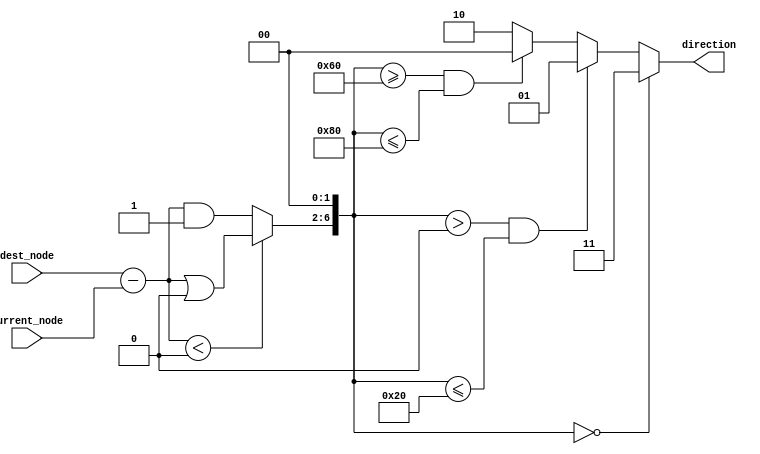
// shortest path routing algorithm of Spidergon

module router 
#(parameter 	

	`ifdef FORMAL	
		NUM_OF_NODES=8 
	`else
		NUM_OF_NODES=32
	`endif
)
(dest_node, current_node, direction);

localparam DIRECTION_WIDTH = 2;

localparam STOP = 3;
localparam ACROSS = 2;
localparam CLOCKWISE = 1;
localparam ANTI_CLOCKWISE = 0;

//input clk;
input [$clog2(NUM_OF_NODES)-1:0] dest_node, current_node;
output reg [DIRECTION_WIDTH-1:0] direction; // stop, clockwise, anti-clockwise, across

// RelAd = ((dest-current) mod (NUM_OF_NODES)) * 4
// https://en.wikipedia.org/wiki/Modulo_operation#Performance_issues
// x % 2^n == x < 0 ? x | ~(2^n - 1) : x & (2^n - 1)

wire signed [$clog2(NUM_OF_NODES)-1:0] diff;
wire [$clog2(NUM_OF_NODES)-1:0] RelAd;

assign diff = dest_node - current_node;

/* verilator lint_off WIDTH */
assign RelAd = (diff < 0) ? (diff | ~(NUM_OF_NODES-1)) : (diff & (NUM_OF_NODES-1));
/* verilator lint_on WIDTH */


localparam SHIFT_BY_TWO = 2; // multiply by four
localparam NUM_OF_NODES_TIMES_THREE = 3*NUM_OF_NODES;
localparam NUM_OF_NODES_TIMES_FOUR = 4*NUM_OF_NODES;


/* verilator lint_off WIDTH */
wire [$clog2(NUM_OF_NODES)+1:0] RelAd_2 = (RelAd << SHIFT_BY_TWO);
/* verilator lint_on WIDTH */


always @(*)
begin
	// https://www.xilinx.com/support/answers/64777.html
	/*case(RelAd << SHIFT_BY_TWO) inside
	
		[0:0] : direction <= STOP;

		[NUM_OF_NODES:1] : direction <= CLOCKWISE;

		[NUM_OF_NODES_TIMES_FOUR:NUM_OF_NODES_TIMES_THREE] : direction <= ANTI_CLOCKWISE;

		default : direction <= ACROSS;

	endcase*/

	// https://www.reddit.com/r/yosys/comments/b0vaml/system_verilog_case_inside_range_expression/

	if(RelAd_2 == 0) direction = STOP;

	else if((RelAd_2 > 0) && (RelAd_2 <= NUM_OF_NODES)) direction = CLOCKWISE;

	else if((RelAd_2 >= NUM_OF_NODES_TIMES_THREE) && (RelAd_2 <= NUM_OF_NODES_TIMES_FOUR))
		direction = ANTI_CLOCKWISE;

	else direction = ACROSS;
end

endmodule